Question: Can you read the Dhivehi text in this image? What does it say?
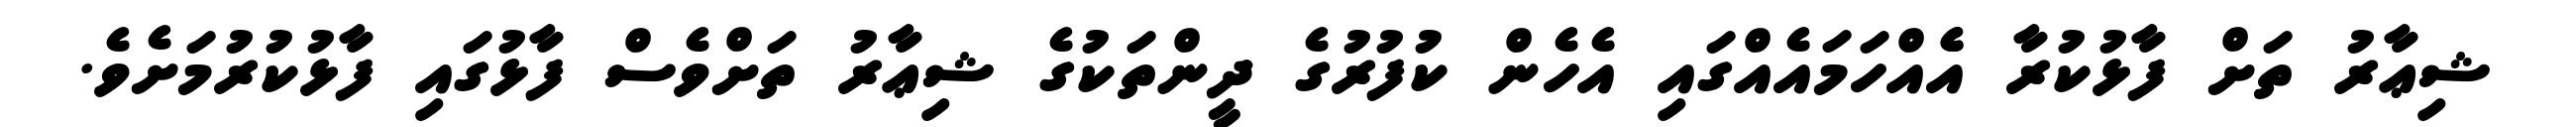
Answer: ޝިޢާރު ތަށް ފާޅުކުރާ އެެއްހަމައެއްގައި އެހެން ކުފުރުގެ ދީންތަކުގެ ޝިޢާރު ތަށްވެސް ފާޅުގައި ފާޅުކުރުމަށެވެ.